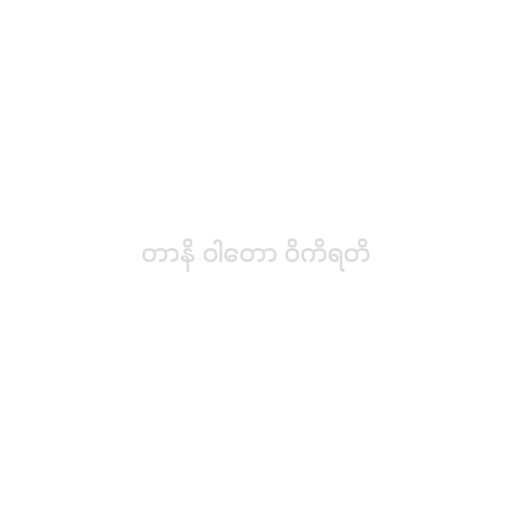
တာနိ ဝါတော ဝိကိရတိ